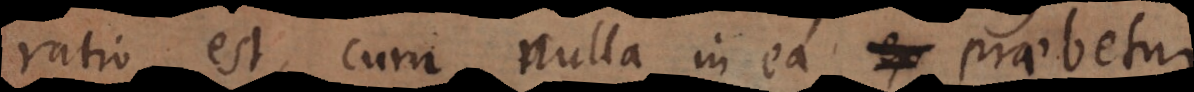
ratio est, cum nulla in ea ex praebetur